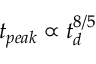
t _ { p e a k } \propto t _ { d } ^ { 8 / 5 }